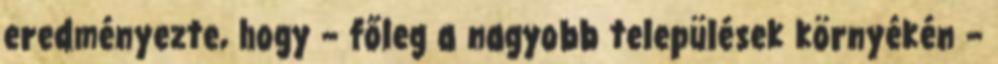
eredményezte, hogy – főleg a nagyobb települések környékén –